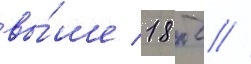
вы́ше 18 тс //